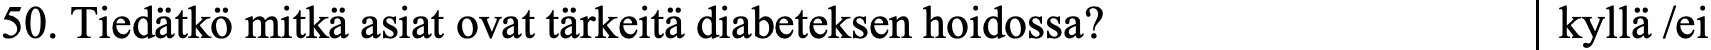
50. Tiedätkö mitkä asiat ovat tärkeitä diabeteksen hoidossa? kyllä /ei